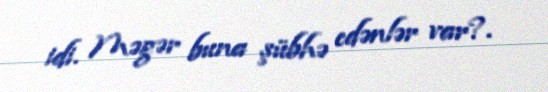
idi. Məgər buna şübhə edənlər var?.